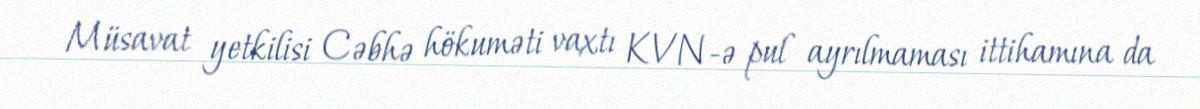
Müsavat yetkilisi Cəbhə hökuməti vaxtı KVN-ə pul ayrılmaması ittihamına da